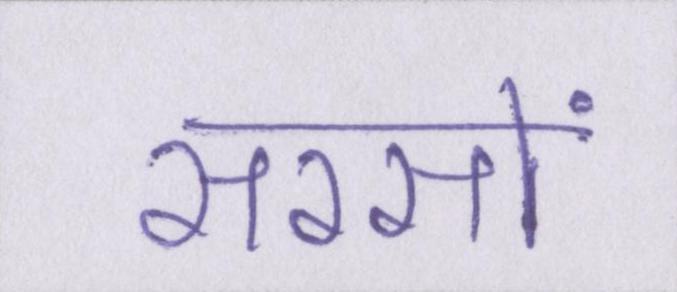
सरसों